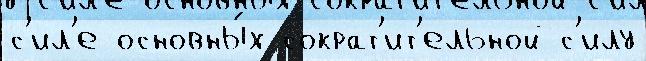
с'ил'е основны́х сократ'ит'ельной с'илу